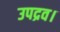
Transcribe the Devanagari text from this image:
उपद्रव।